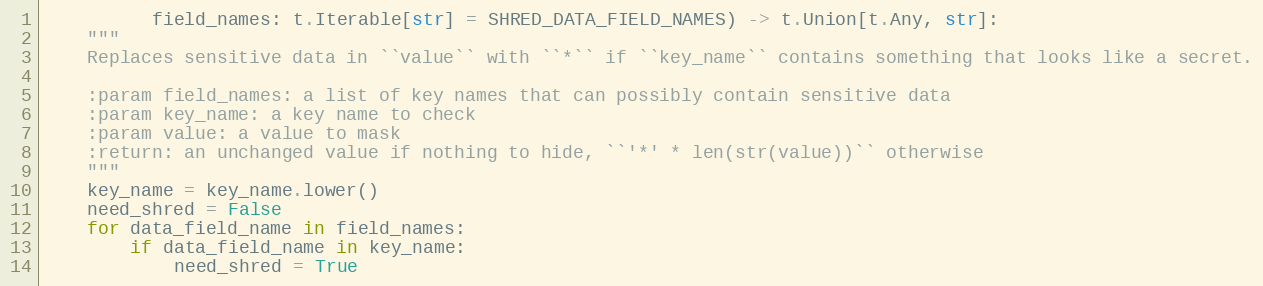
Language: Python
          field_names: t.Iterable[str] = SHRED_DATA_FIELD_NAMES) -> t.Union[t.Any, str]:
    """
    Replaces sensitive data in ``value`` with ``*`` if ``key_name`` contains something that looks like a secret.

    :param field_names: a list of key names that can possibly contain sensitive data
    :param key_name: a key name to check
    :param value: a value to mask
    :return: an unchanged value if nothing to hide, ``'*' * len(str(value))`` otherwise
    """
    key_name = key_name.lower()
    need_shred = False
    for data_field_name in field_names:
        if data_field_name in key_name:
            need_shred = True